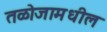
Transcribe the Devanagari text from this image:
तळोजामधील